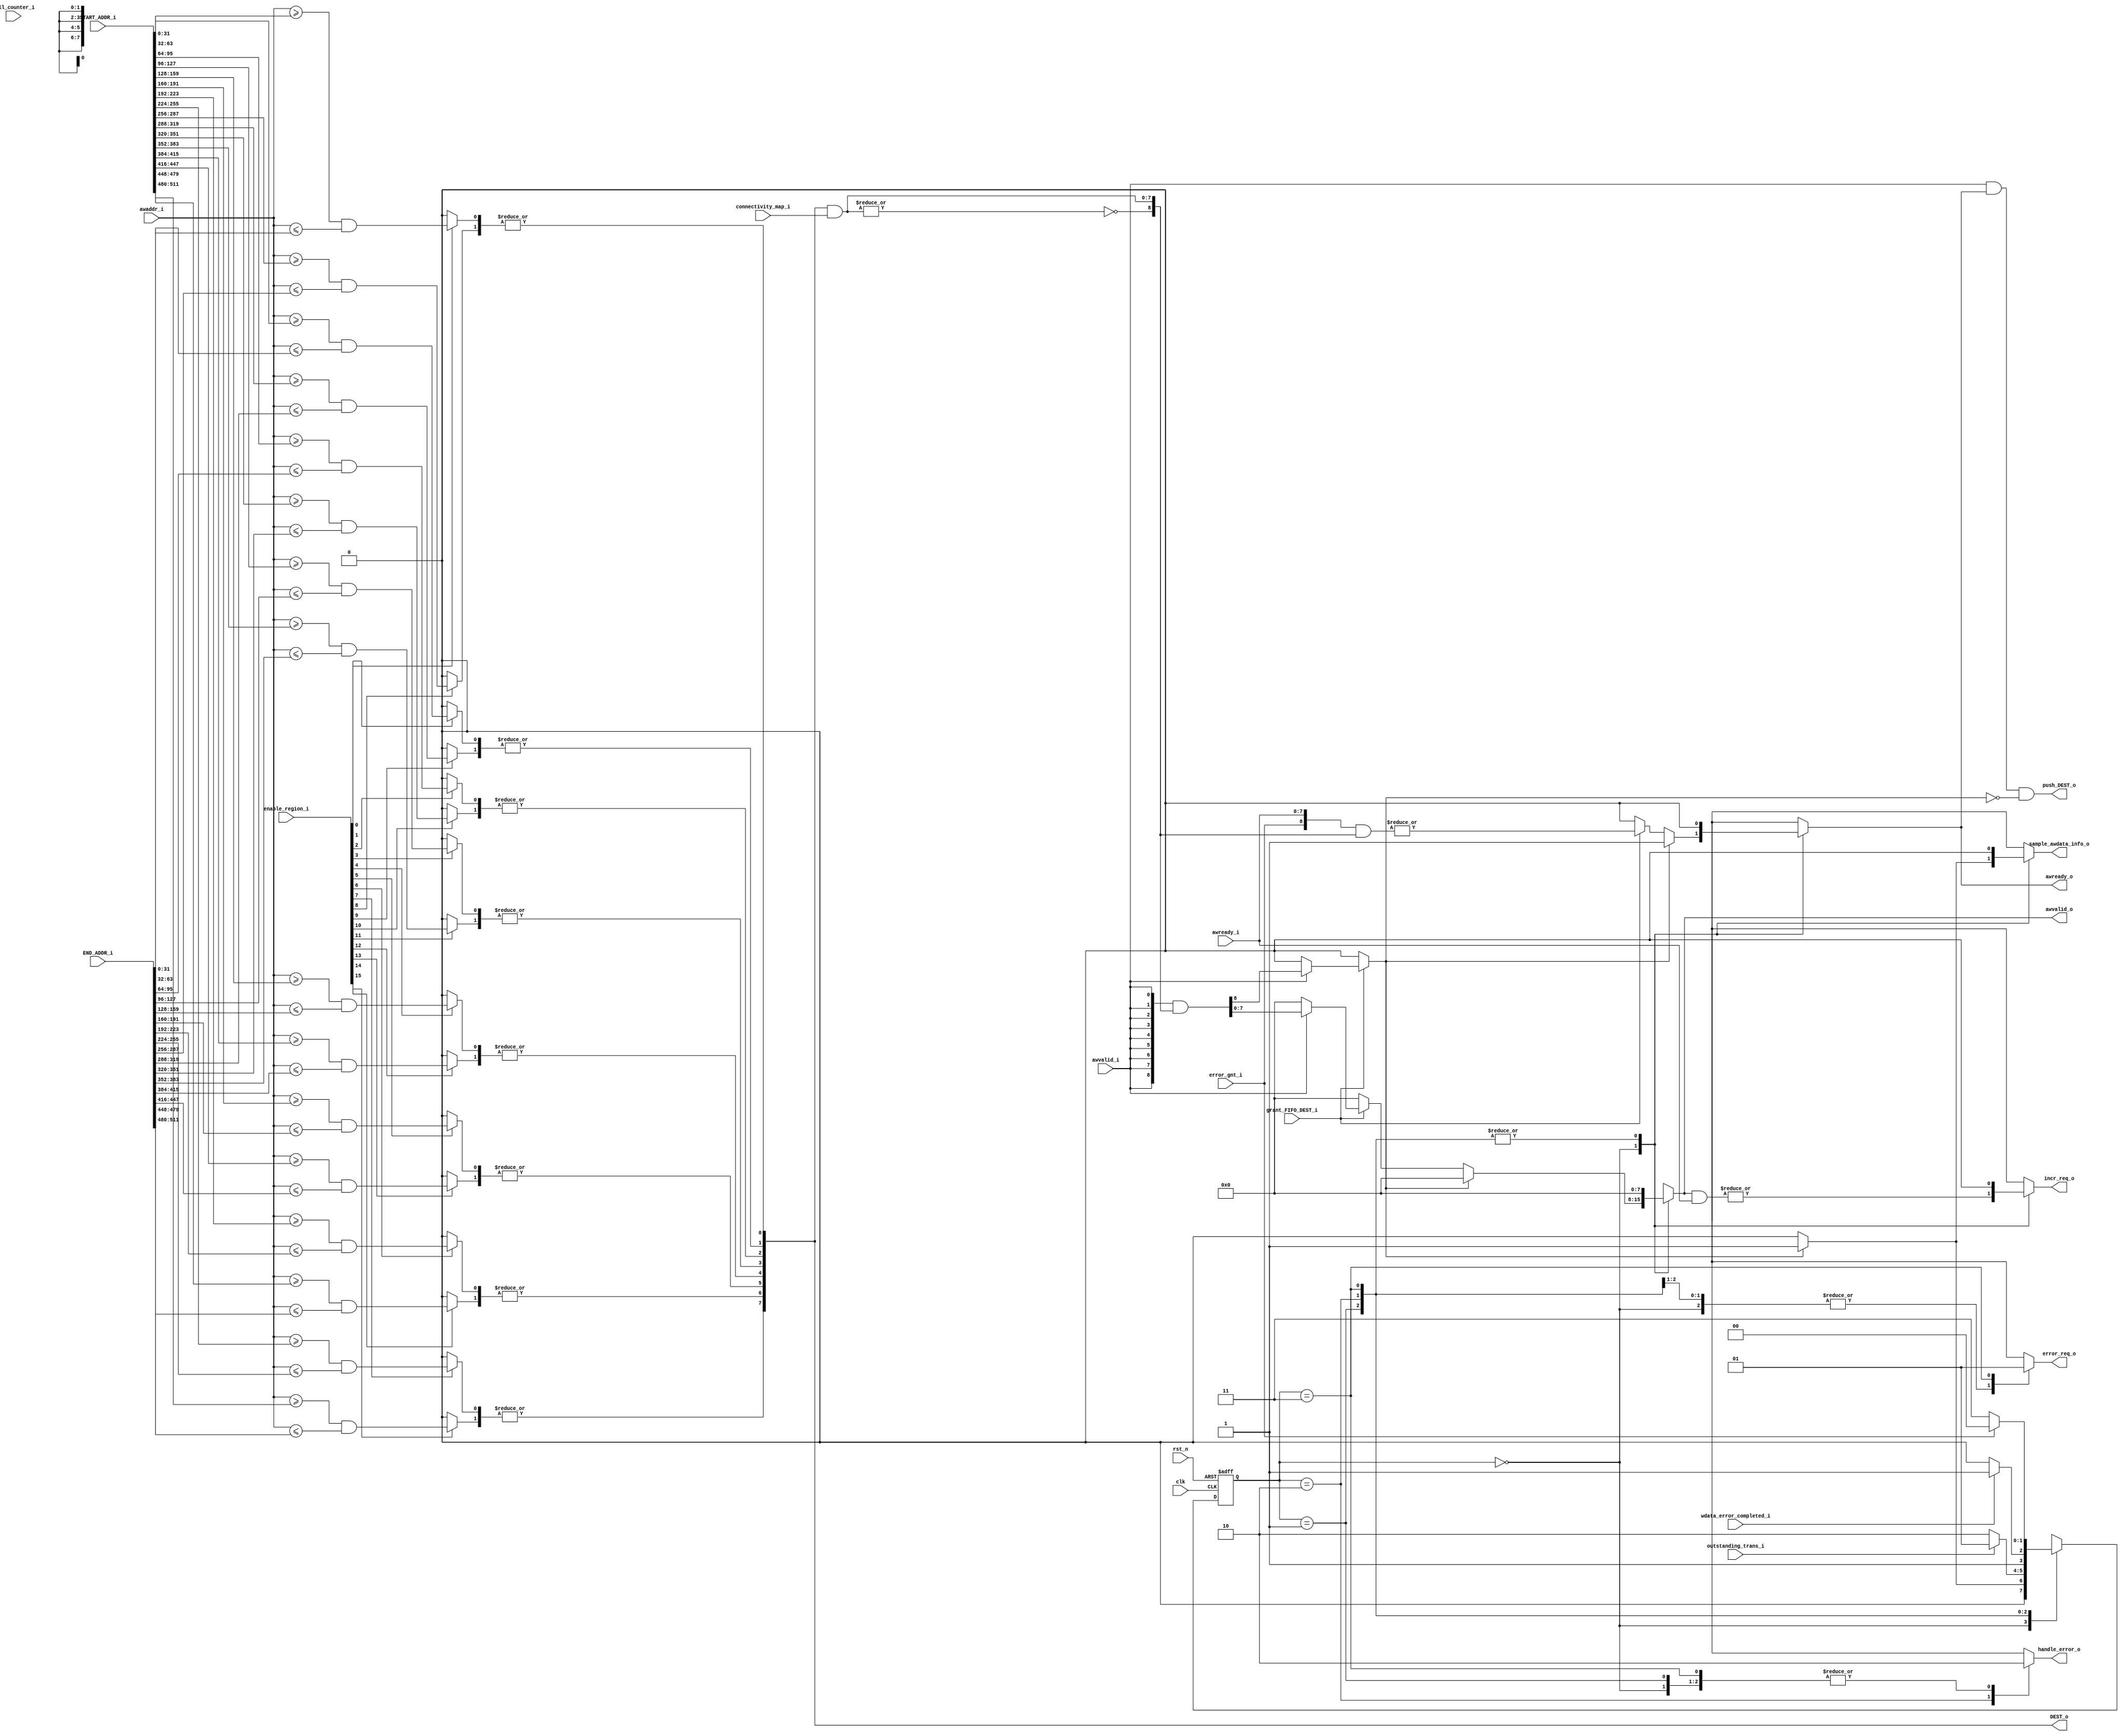
module axi_address_decoder_AW 
#(
    parameter  ADDR_WIDTH     = 32,
    parameter  N_INIT_PORT    = 8,
    parameter  N_REGION       = 2
)
(
	clk,
	rst_n,
	awvalid_i,
	awaddr_i,
	awready_o,
	awvalid_o,
	awready_i,
	grant_FIFO_DEST_i,
	DEST_o,
	push_DEST_o,
	START_ADDR_i,
	END_ADDR_i,
	enable_region_i,
	connectivity_map_i,
	incr_req_o,
	full_counter_i,
	outstanding_trans_i,
	error_req_o,
	error_gnt_i,
	handle_error_o,
	wdata_error_completed_i,
	sample_awdata_info_o
);
	//parameter ADDR_WIDTH = 32;
	//parameter N_INIT_PORT = 8;
	//parameter N_REGION = 2;
	input wire clk;
	input wire rst_n;
	input wire awvalid_i;
	input wire [ADDR_WIDTH - 1:0] awaddr_i;
	output reg awready_o;
	output reg [N_INIT_PORT - 1:0] awvalid_o;
	input wire [N_INIT_PORT - 1:0] awready_i;
	input wire grant_FIFO_DEST_i;
	output wire [N_INIT_PORT - 1:0] DEST_o;
	output wire push_DEST_o;
	input wire [((N_REGION * N_INIT_PORT) * ADDR_WIDTH) - 1:0] START_ADDR_i;
	input wire [((N_REGION * N_INIT_PORT) * ADDR_WIDTH) - 1:0] END_ADDR_i;
	input wire [(N_REGION * N_INIT_PORT) - 1:0] enable_region_i;
	input wire [N_INIT_PORT - 1:0] connectivity_map_i;
	output reg incr_req_o;
	input wire full_counter_i;
	input wire outstanding_trans_i;
	output reg error_req_o;
	input wire error_gnt_i;
	output reg handle_error_o;
	input wire wdata_error_completed_i;
	output reg sample_awdata_info_o;
	wire [N_INIT_PORT - 1:0] match_region;
	wire [N_INIT_PORT:0] match_region_masked;
	wire [(N_REGION * N_INIT_PORT) - 1:0] match_region_int;
	wire [(N_INIT_PORT * N_REGION) - 1:0] match_region_rev;
	reg awready_int;
	reg [N_INIT_PORT - 1:0] awvalid_int;
	reg error_detected;
	wire local_increm;
	genvar i;
	genvar j;
	assign DEST_o = match_region[N_INIT_PORT - 1:0];
	assign push_DEST_o = |(awvalid_i & awready_o) & ~error_detected;
	reg [1:0] CS;
	reg [1:0] NS;
	generate
		for (j = 0; j < N_REGION; j = j + 1) begin : genblk1
			for (i = 0; i < N_INIT_PORT; i = i + 1) begin : genblk1
				assign match_region_int[(j * N_INIT_PORT) + i] = (enable_region_i[(j * N_INIT_PORT) + i] == 1'b1 ? (awaddr_i >= START_ADDR_i[((j * N_INIT_PORT) + i) * ADDR_WIDTH+:ADDR_WIDTH]) && (awaddr_i <= END_ADDR_i[((j * N_INIT_PORT) + i) * ADDR_WIDTH+:ADDR_WIDTH]) : 1'b0);
			end
		end
		for (j = 0; j < N_INIT_PORT; j = j + 1) begin : genblk2
			for (i = 0; i < N_REGION; i = i + 1) begin : genblk1
				assign match_region_rev[(j * N_REGION) + i] = match_region_int[(i * N_INIT_PORT) + j];
			end
		end
		for (i = 0; i < N_INIT_PORT; i = i + 1) begin : genblk3
			assign match_region[i] = |match_region_rev[i * N_REGION+:N_REGION];
		end
	endgenerate
	assign match_region_masked[N_INIT_PORT - 1:0] = match_region & connectivity_map_i;
	assign match_region_masked[N_INIT_PORT] = ~(|match_region_masked[N_INIT_PORT - 1:0]);
	always @(*)
		if (grant_FIFO_DEST_i == 1'b1) begin
			if (awvalid_i)
				{error_detected, awvalid_int} = {N_INIT_PORT + 1 {awvalid_i}} & match_region_masked;
			else begin
				awvalid_int = 1'sb0;
				error_detected = 1'b0;
			end
			awready_int = |({error_gnt_i, awready_i} & match_region_masked);
		end
		else begin
			awvalid_int = 1'sb0;
			awready_int = 1'b0;
			error_detected = 1'b0;
		end
	always @(posedge clk or negedge rst_n)
		if (rst_n == 1'b0)
			CS <= 2'd0;
		else
			CS <= NS;
	assign local_increm = |(awvalid_o & awready_i);
	always @(*) begin
		awready_o = 1'b0;
		handle_error_o = 1'b0;
		sample_awdata_info_o = 1'b0;
		error_req_o = 1'b0;
		incr_req_o = 1'b0;
		awvalid_o = 1'sb0;
		case (CS)
			2'd0: begin
				handle_error_o = 1'b0;
				incr_req_o = local_increm;
				if (error_detected) begin
					NS = 2'd1;
					awready_o = 1'b1;
					sample_awdata_info_o = 1'b1;
					awvalid_o = 1'sb0;
				end
				else begin
					NS = 2'd0;
					awready_o = awready_int;
					awvalid_o = awvalid_int;
				end
			end
			2'd1: begin
				awready_o = 1'b0;
				handle_error_o = 1'b0;
				if (outstanding_trans_i) begin
					NS = 2'd1;
					awready_o = 1'b0;
				end
				else begin
					awready_o = 1'b0;
					NS = 2'd2;
				end
			end
			2'd2: begin
				awready_o = 1'b0;
				handle_error_o = 1'b1;
				if (wdata_error_completed_i)
					NS = 2'd3;
				else
					NS = 2'd2;
			end
			2'd3: begin
				handle_error_o = 1'b0;
				error_req_o = 1'b1;
				if (error_gnt_i)
					NS = 2'd0;
				else
					NS = 2'd3;
			end
			default: begin
				NS = 2'd0;
				awready_o = awready_int;
				handle_error_o = 1'b0;
			end
		endcase
	end
endmodule